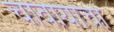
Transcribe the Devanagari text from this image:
चावायाचा